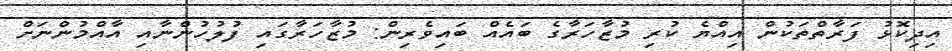
އިދިކޮޅު ފަރާތްތަކުން އިއްޔެ ކުރި މުޒާހަރާގެ ބައެއް ބައިވެރިން: މުޒާހަރާގައި ފުލުހުންނާއި އާއްމުންނަށް